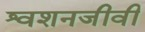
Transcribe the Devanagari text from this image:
श्वशनजीवी